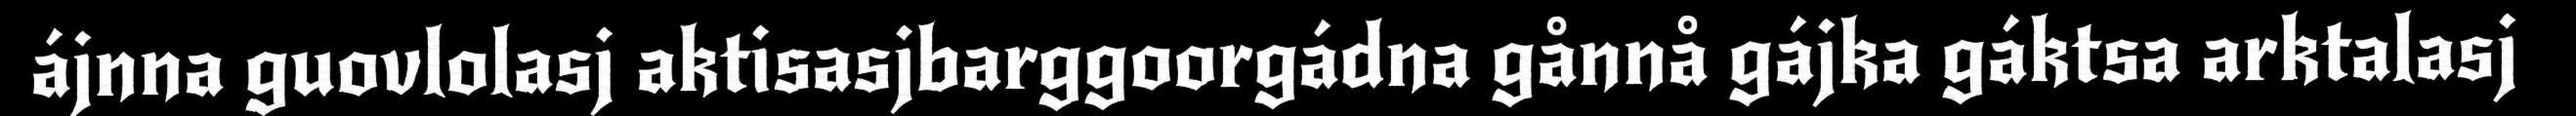
ájnna guovlolasj aktisasjbarggoorgádna gånnå gájka gáktsa arktalasj